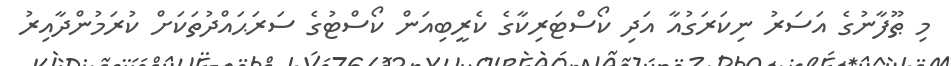
މި ޠޫފާނުގެ އަސަރު ނިކަރަގުއާ އަދި ކޯސްޓަރިކާގެ ކެރީބިއަން ކޯސްޓުގެ ސަރަޙައްދުތަކަށް ކުރަމުންދާއިރު